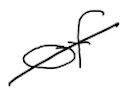
Text: of
Cross-out: diagonal
Writing tool: digital_black